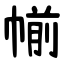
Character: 㡐